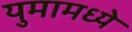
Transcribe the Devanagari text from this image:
युमामध्ये